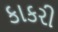
કાકરી